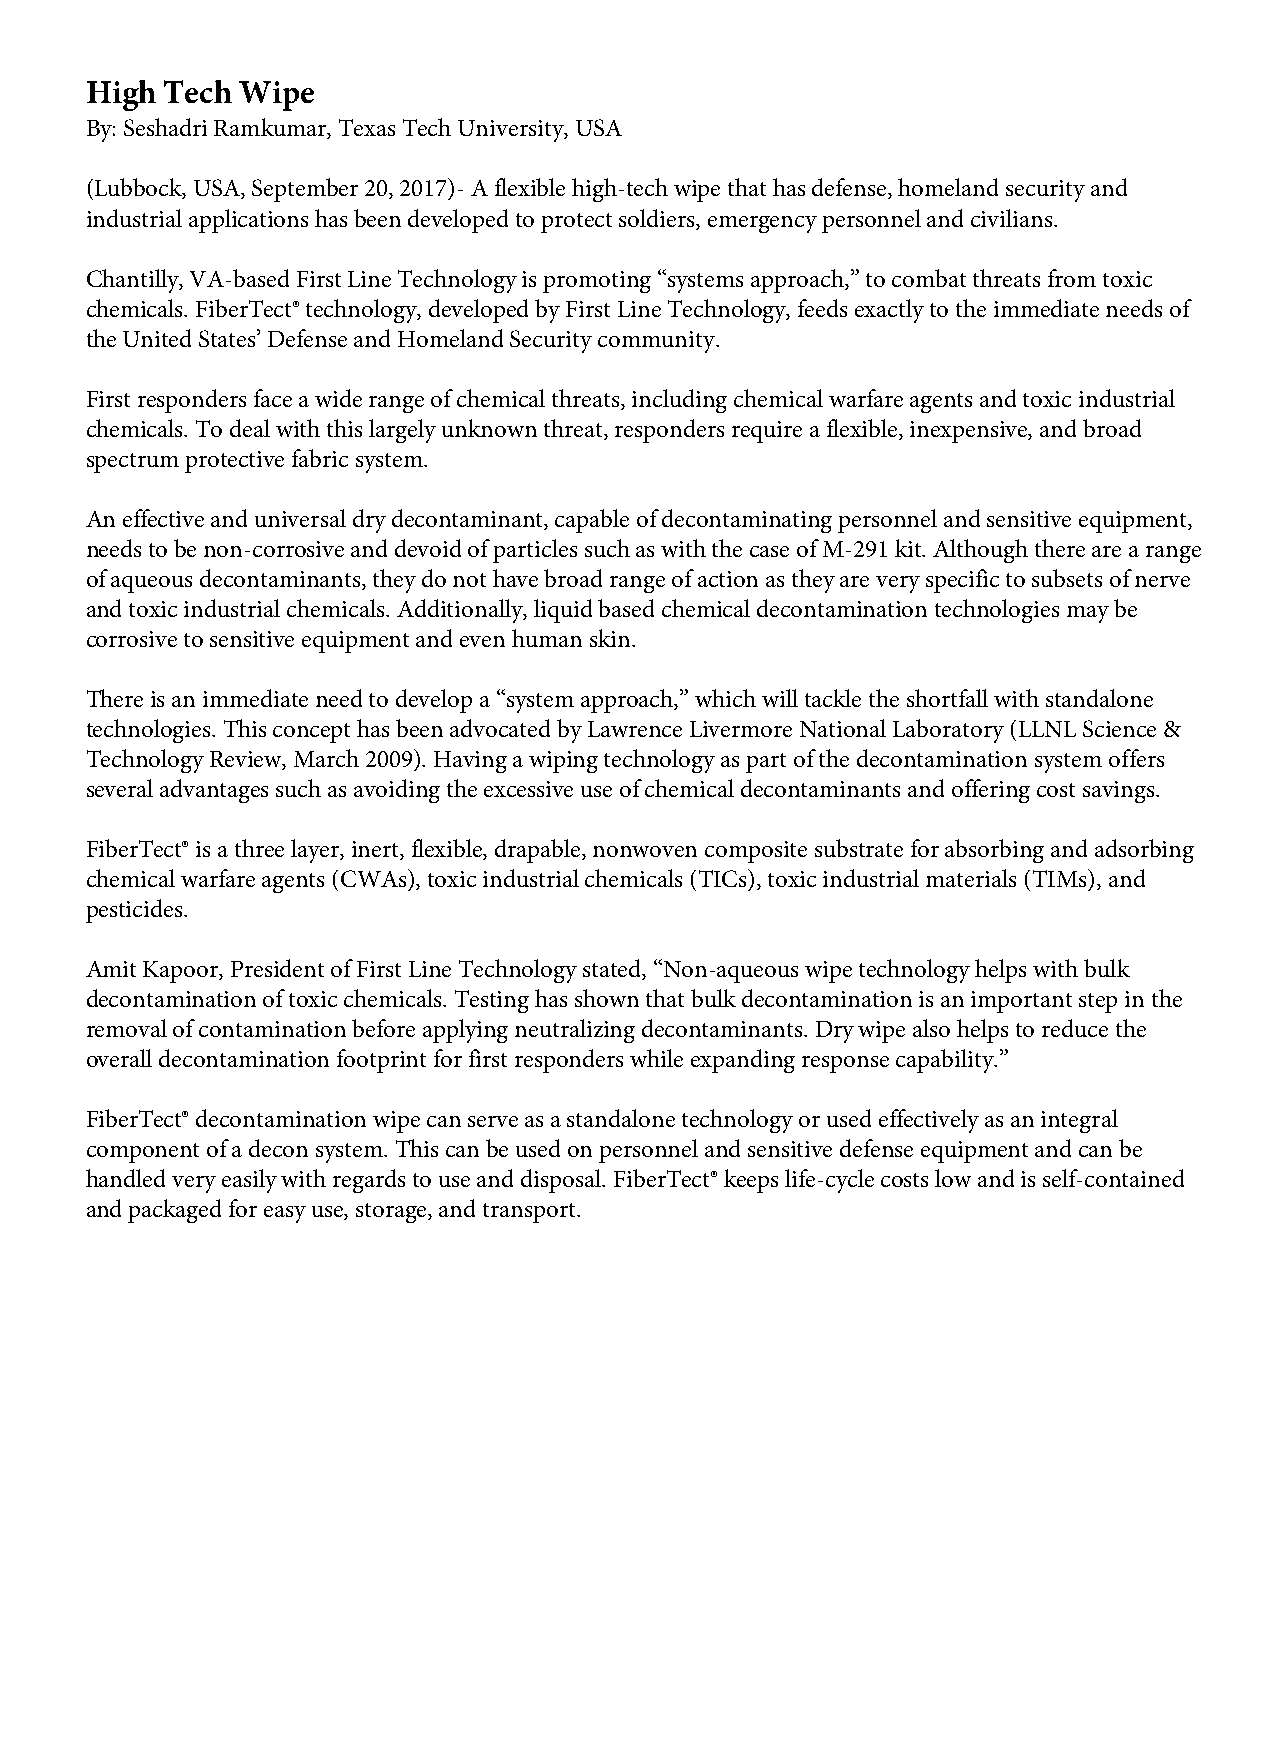
High Tech Wipe
 By: Seshadri Ramkumar, Texas Tech University, USA
 (Lubbock, USA, September 20, 2017)- A flexible high-tech wipe that has defense, homeland security and
 industrial applications has been developed to protect soldiers, emergency personnel and civilians.
 Chantilly, VA-based First Line Technology is promoting “systems approach,” to combat threats from toxic
 chemicals. FiberTect® technology, developed by First Line Technology, feeds exactly to the immediate needs of
 the United States’ Defense and Homeland Security community.
 First responders face a wide range of chemical threats, including chemical warfare agents and toxic industrial
 chemicals. To deal with this largely unknown threat, responders require a flexible, inexpensive, and broad
 spectrum protective fabric system.
 An effective and universal dry decontaminant, capable of decontaminating personnel and sensitive equipment,
 needs to be non-corrosive and devoid of particles such as with the case of M-291 kit. Although there are a range
 of aqueous decontaminants, they do not have broad range of action as they are very specific to subsets of nerve
 and toxic industrial chemicals. Additionally, liquid based chemical decontamination technologies may be
 corrosive to sensitive equipment and even human skin.
 There is an immediate need to develop a “system approach,” which will tackle the shortfall with standalone
 technologies. This concept has been advocated by Lawrence Livermore National Laboratory (LLNL Science &
 Technology Review, March 2009). Having a wiping technology as part of the decontamination system offers
 several advantages such as avoiding the excessive use of chemical decontaminants and offering cost savings.
 FiberTect® is a three layer, inert, flexible, drapable, nonwoven composite substrate for absorbing and adsorbing
 chemical warfare agents (CWAs), toxic industrial chemicals (TICs), toxic industrial materials (TIMs), and
 pesticides.
 Amit Kapoor, President of First Line Technology stated, “Non-aqueous wipe technology helps with bulk
 decontamination of toxic chemicals. Testing has shown that bulk decontamination is an important step in the
 removal of contamination before applying neutralizing decontaminants. Dry wipe also helps to reduce the
 overall decontamination footprint for first responders while expanding response capability.”
 FiberTect® decontamination wipe can serve as a standalone technology or used effectively as an integral
 component of a decon system. This can be used on personnel and sensitive defense equipment and can be
 handled very easily with regards to use and disposal. FiberTect® keeps life-cycle costs low and is self-contained
 and packaged for easy use, storage, and transport.